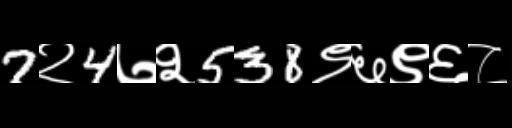
Text: 7२4७२538९६९६८